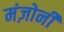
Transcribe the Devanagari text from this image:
मंज़ोनी